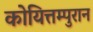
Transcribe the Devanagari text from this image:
कोयित्तम्पुरान